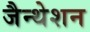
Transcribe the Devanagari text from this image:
जैन्थेशन